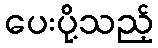
ပေးပို့သည့်